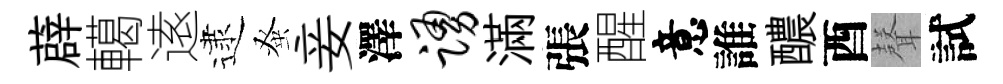
薜轕逺逮𫊫妾澤踊滿張醒意誰醲酉𮋻試